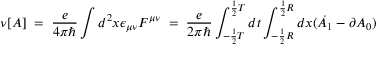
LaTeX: \nu [ A ] \; = \; \frac { e } { 4 \pi \hbar } \int d ^ { 2 } x \epsilon _ { \mu \nu } F ^ { \mu \nu } \; = \; \frac { e } { 2 \pi \hbar } \int _ { - \frac { 1 } { 2 } T } ^ { \frac { 1 } { 2 } T } d t \int _ { - \frac { 1 } { 2 } { R } } ^ { \frac { 1 } { 2 } { R } } d x ( \dot { A } _ { 1 } - \partial A _ { 0 } )